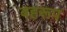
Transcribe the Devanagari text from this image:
बहरूप